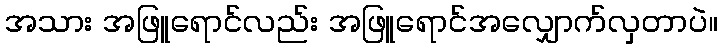
အသား အဖြူရောင်လည်း အဖြူရောင်အလျှောက်လှတာပဲ။